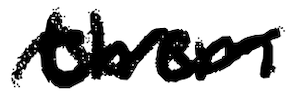
Text: them
Cross-out: mix
Writing tool: digital_black